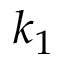
k _ { 1 }